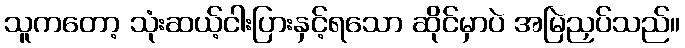
သူကတော့ သုံးဆယ့်ငါးပြားနှင့်ရသော ဆိုင်မှာပဲ အမြဲညှပ်သည်။